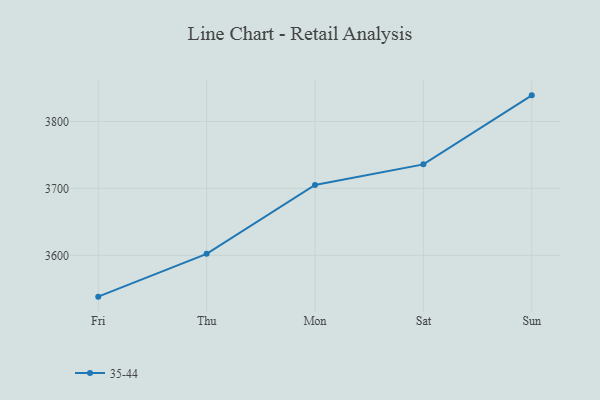
{"axis": {"x": "Day", "y": "Active Users"}, "legend": ["35-44"], "data": [{"x": "Fri", "y": 3538.3, "type": "35-44"}, {"x": "Thu", "y": 3602.2, "type": "35-44"}, {"x": "Mon", "y": 3705.2, "type": "35-44"}, {"x": "Sat", "y": 3735.9, "type": "35-44"}, {"x": "Sun", "y": 3839.0, "type": "35-44"}]}